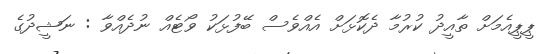
ޕީޕީއެމަށް ތާއީދު ކުރުމާ ދެކޮޅަށް އެއްވެސް ބޭފުޅަކު ވޯޓެއް ނުދެއްވާ : ނަޝީދުގެ